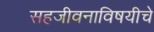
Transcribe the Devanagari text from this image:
सहजीवनाविषयीचे